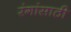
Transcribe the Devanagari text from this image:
रंगांसाठी